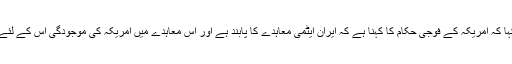
سینیٹر باب کیسی نے بھی کہا کہ امریکہ کے فوجی حکام کا کہنا ہے کہ ایران ایٹمی معاہدے کا پابند ہے اور اس معاہدے میں امریکہ کی موجودگی اس کے لئے کافی سود مند ہوسکتی تھی۔